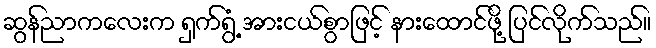
ဆွန်ညာကလေးက ရှက်ရွံ့ အားငယ်စွာဖြင့် နားထောင်ဖို့ ပြင်လိုက်သည်။